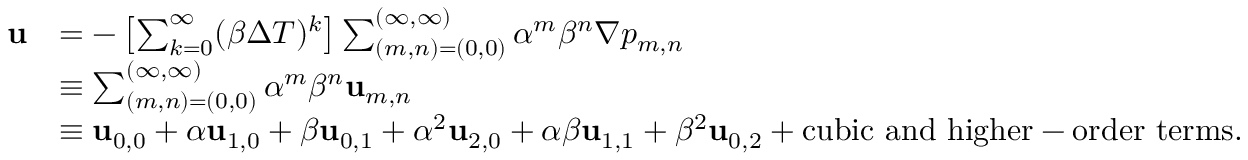
\begin{array} { r l } { \mathbf { u } } & { = - \left[ \sum _ { k = 0 } ^ { \infty } ( \beta \Delta T ) ^ { k } \right] \sum _ { ( m , n ) = ( 0 , 0 ) } ^ { ( \infty , \infty ) } \alpha ^ { m } \beta ^ { n } \nabla p _ { m , n } } \\ & { \equiv \sum _ { ( m , n ) = ( 0 , 0 ) } ^ { ( \infty , \infty ) } \alpha ^ { m } \beta ^ { n } \mathbf { u } _ { m , n } } \\ & { \equiv \mathbf { u } _ { 0 , 0 } + \alpha \mathbf { u } _ { 1 , 0 } + \beta \mathbf { u } _ { 0 , 1 } + \alpha ^ { 2 } \mathbf { u } _ { 2 , 0 } + \alpha \beta \mathbf { u } _ { 1 , 1 } + \beta ^ { 2 } \mathbf { u } _ { 0 , 2 } + \mathrm { c u b i c ~ a n d ~ h i g h e r - o r d e r ~ t e r m s } . } \end{array}